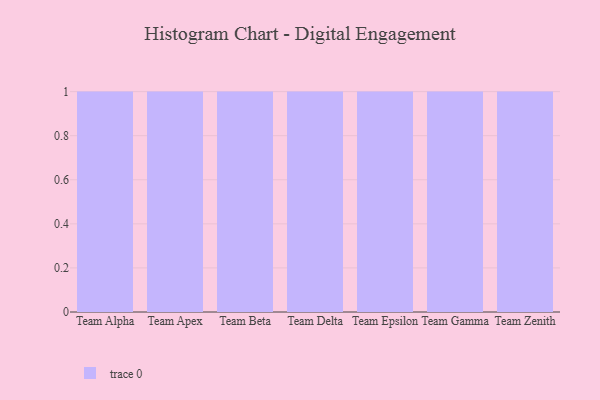
{"axis": {"x": "Team", "y": "Satisfaction Score"}, "legend": [""], "data": [{"x": "Team Alpha", "y": 21, "type": ""}, {"x": "Team Apex", "y": 15, "type": ""}, {"x": "Team Beta", "y": 1, "type": ""}, {"x": "Team Delta", "y": 95, "type": ""}, {"x": "Team Epsilon", "y": 67, "type": ""}, {"x": "Team Gamma", "y": 32, "type": ""}, {"x": "Team Zenith", "y": 3, "type": ""}]}